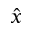
\hat { x }